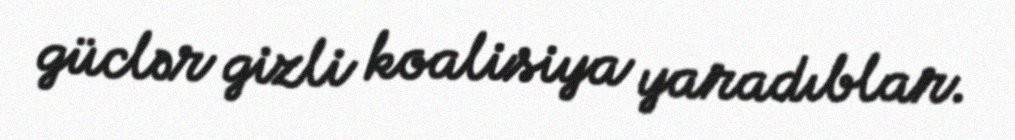
güclər gizli koalisiya yaradıblar.